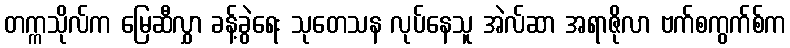
တက္ကသိုလ်က မြေဆီလွှာ ခန့်ခွဲရေး သုတေသန လုပ်နေသူ အဲလ်ဆာ အရာဇိုလာ ဗက်စကွက်စ်က